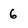
Character: 6